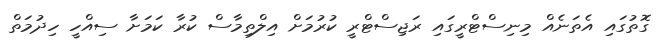
ގޮތުގައި އެތަނެއް މިނިސްޓްރީގައި ރަޖިސްޓްރީ ކުރުމަށް އިލްތިމާސް ކުރާ ކަމަށާ ސިއްހީ ހިދުމަތް